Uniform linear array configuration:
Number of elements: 8
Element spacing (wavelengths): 0.5
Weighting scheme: uniform
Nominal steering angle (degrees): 30
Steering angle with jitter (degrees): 31.243
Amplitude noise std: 0.05
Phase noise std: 0.05

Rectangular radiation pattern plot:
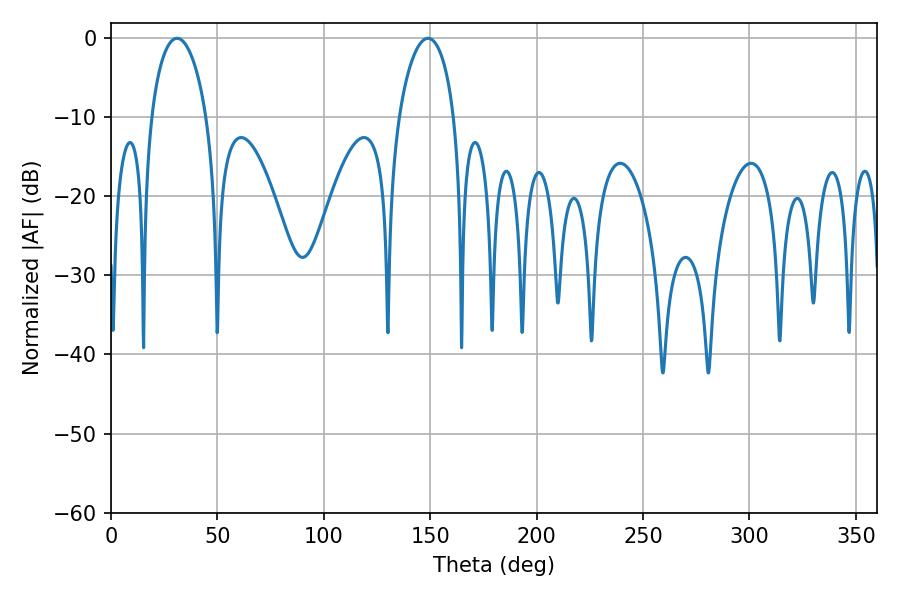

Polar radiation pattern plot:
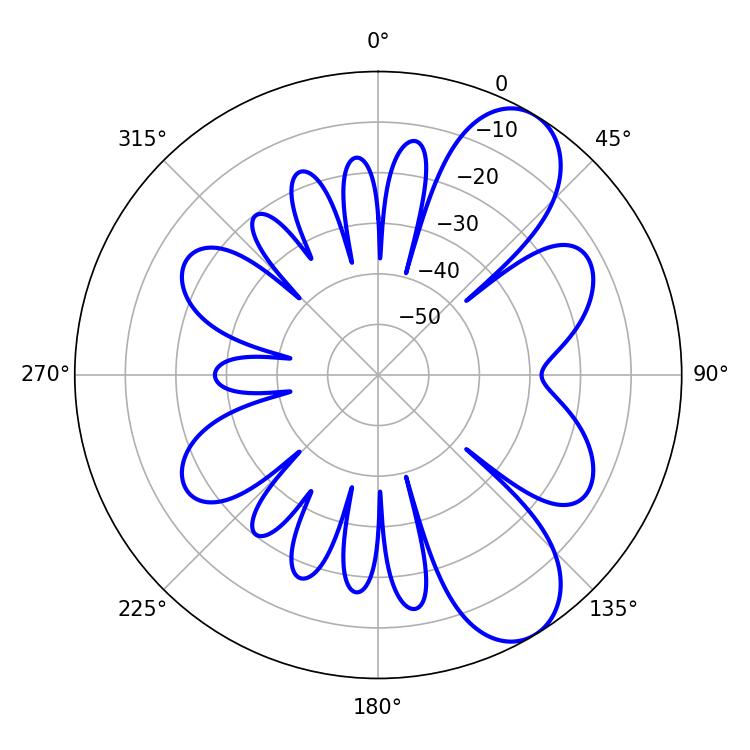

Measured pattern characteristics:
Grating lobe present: FALSE
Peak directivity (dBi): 8.331
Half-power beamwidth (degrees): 14.76
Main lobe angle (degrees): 30.96